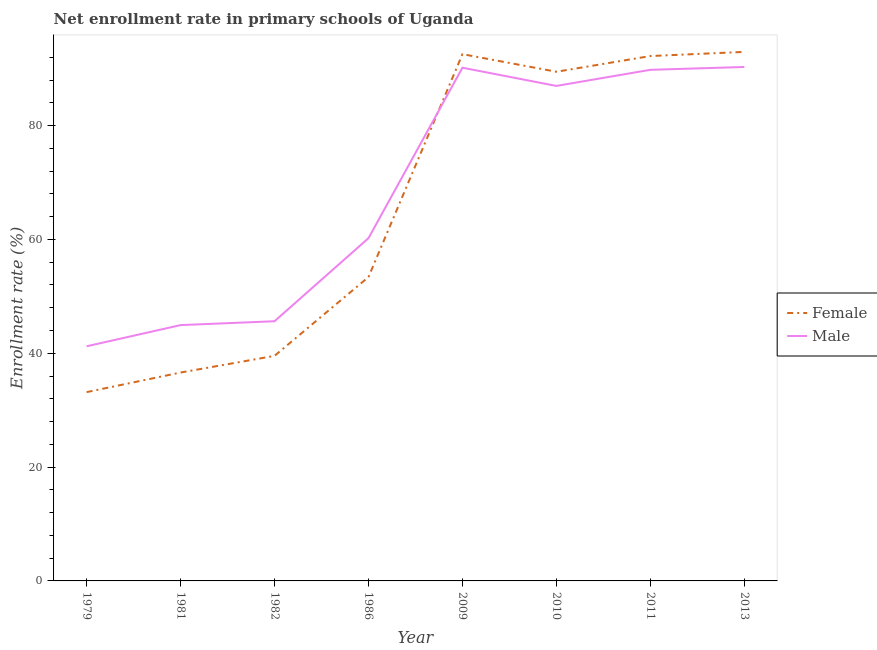
| Year | Female | Male |
 | --- | --- | --- |
 | 1979 | 33.2 | 41.2 |
 | 1981 | 36.6 | 45 |
 | 1982 | 39.5 | 45.6 |
 | 1986 | 53.4 | 60.2 |
 | 2009 | 92.6 | 90.2 |
 | 2010 | 89.5 | 87 |
 | 2011 | 92.2 | 89.8 |
 | 2013 | 93 | 90.3 |